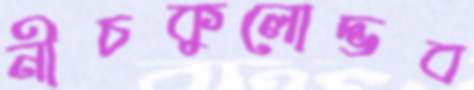
নীচকুলোদ্ভব